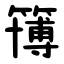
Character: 簙